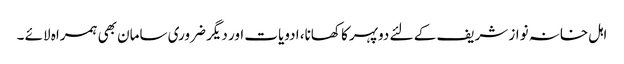
اہل خانہ نواز شریف کے لئے دوپہر کا کھانا، ادویات اور دیگر ضروری سامان بھی ہمراہ لائے ۔